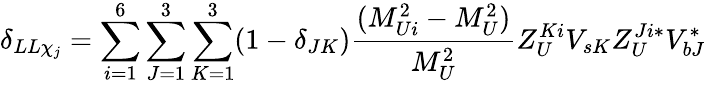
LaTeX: \delta_{LL\chi_{j}}=\sum_{i=1}^{6}\sum_{J=1}^{3}\sum_{K=1}^{3}(1-\delta_{JK})\frac{(M_{Ui}^{2}-M_{U}^{2})}{M_{U}^{2}}Z_{U}^{Ki}V_{sK}Z_{U}^{Ji*}V_{bJ}^{*}